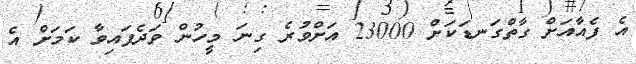
އެ ފެއާއަށް ގާތްގަނޑަކަށް 23000 އަށްވުރެ ގިނަ މީހުން ވަދެފައިވާ ކަމަށް އެ